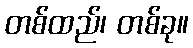
တစ်ထည်၊ တစ်ခု။